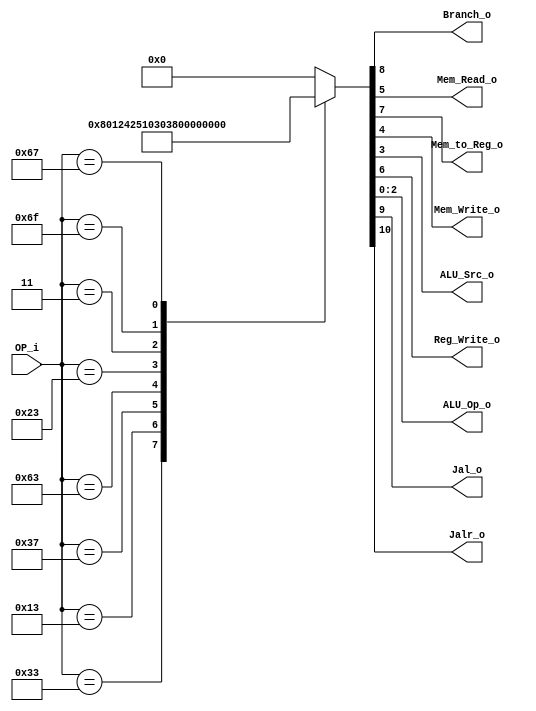
/******************************************************************
* Description
*	This is control unit for the RISC-V Microprocessor. The control unit is 
*	in charge of generation of the control signals. Its only input 
*	corresponds to opcode from the instruction bus.
*	1.0
* Author:
*	Dr. Jos Luis Pizano Escalante
* email:
*	luispizano@iteso.mx
* Date:
*	16/08/2021
******************************************************************/
module Control
(
	input [6:0]OP_i,
	
	
	output Branch_o,
	output Mem_Read_o,
	output Mem_to_Reg_o,
	output Mem_Write_o,
	output ALU_Src_o,
	output Reg_Write_o,
	output [2:0]ALU_Op_o,
	output Jal_o,
	output Jalr_o
	
);

localparam R_Type 		= 7'b0110011;
localparam I_Type_Logic = 7'b0010011;
localparam U_Type			= 7'b0110111;
localparam B_Type			= 7'b1100011;
localparam S_Type       = 7'b0100011;
localparam I_Type_Load  = 7'b0000011;
localparam J_Type       = 7'b1101111;
localparam I_Type_Jump  = 7'b1100111;

reg [10:0] control_values;

always@(OP_i) begin
	case(OP_i)//                           9876_54_3_210
		R_Type: 			control_values = 11'b00001_00_0_000;
		I_Type_Logic:  control_values	= 11'b00001_00_1_001;
		U_Type:			control_values = 11'b00001_00_1_010;
		B_Type:			control_values = 11'b00100_00_0_011;
		S_Type:			control_values = 11'b00000_01_1_100;
		I_Type_Load:	control_values = 11'b00011_10_1_101;
		J_Type:			control_values = 11'b01101_00_1_110;
	   I_Type_Jump:	control_values = 11'b11101_00_1_111;
		
		
		default:
			control_values= 11'b00000_00_0_000;
		endcase
end	

assign Jalr_o = control_values[10];

assign Jal_o = control_values[9];

assign Branch_o = control_values[8];

assign Mem_to_Reg_o = control_values[7];

assign Reg_Write_o = control_values[6];

assign Mem_Read_o = control_values[5];

assign Mem_Write_o = control_values[4];

assign ALU_Src_o = control_values[3];

assign ALU_Op_o = control_values[2:0];	

endmodule